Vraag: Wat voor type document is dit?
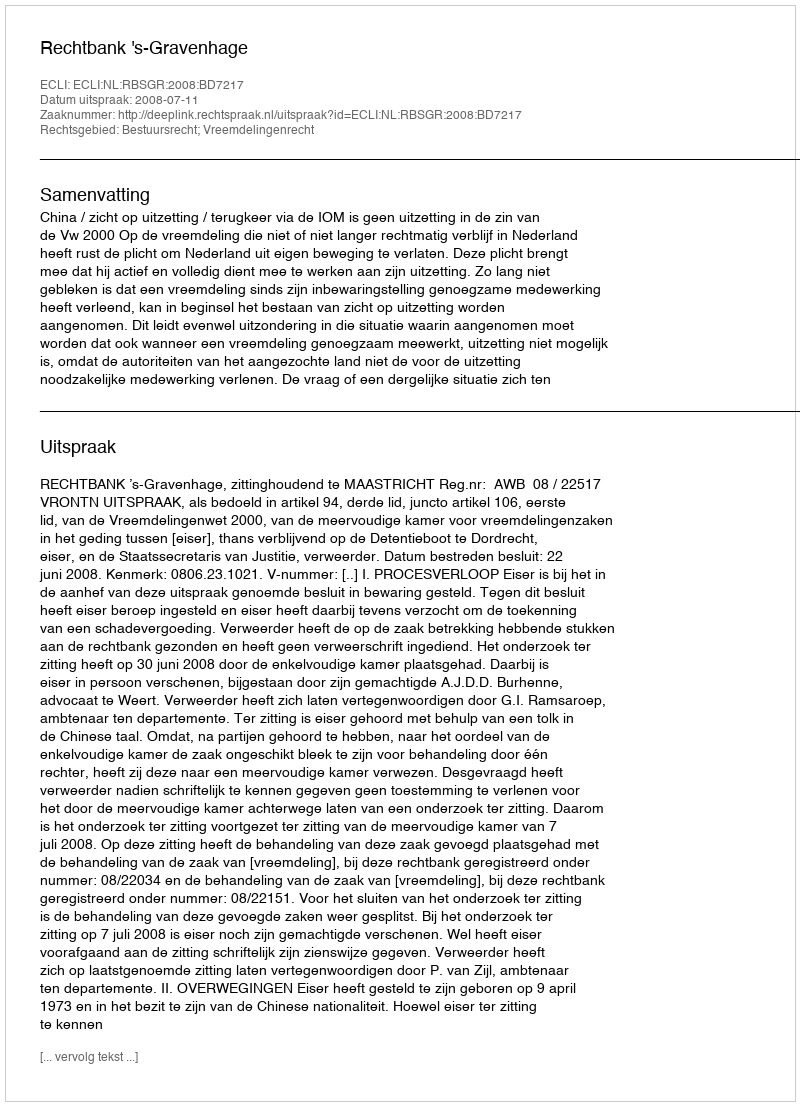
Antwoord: Uitspraak